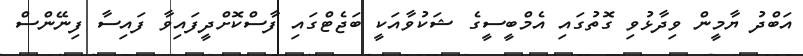
އަބްދު ޔާމީން ވިދާޅުވި ގޮތުގައި އެމްބީސީގެ ޝަކުވާއަކީ ބަޖެޓްގައި ފާސްކޮށްދީފައިވާ ފައިސާ ފިނޭންސް